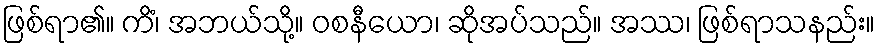
ဖြစ်ရာ၏။ ကိံ၊ အဘယ်သို့။ ဝစနီယော၊ ဆိုအပ်သည်။ အဿ၊ ဖြစ်ရာသနည်း။